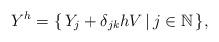
LaTeX: \begin{align*}Y^{h} = \{ \, Y_{j} + \delta_{jk} h V \, | \, j \in \mathbb{N} \, \}, \end{align*}